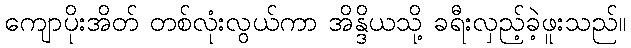
ကျောပိုးအိတ် တစ်လုံးလွယ်ကာ အိန္ဒိယသို့ ခရီးလှည့်ခဲ့ဖူးသည်။